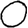
Digit: 0